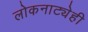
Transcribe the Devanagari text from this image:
लोकनाट्येही